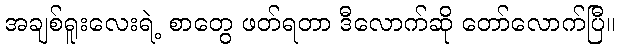
အချစ်ရူးလေးရဲ့ စာတွေ ဖတ်ရတာ ဒီလောက်ဆို တော်လောက်ပြီ။